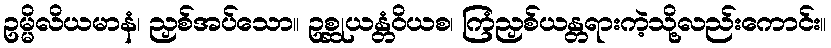
ဥမ္မိလိယမာနံ၊ ညှစ်အပ်သော။ ဥစ္ဆုယန္တံဝိယစ၊ ကြံညှစ်ယန္တရားကဲ့သို့လည်းကောင်း။